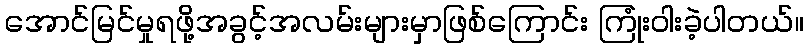
အောင်မြင်မှုရဖို့အခွင့်အလမ်းများမှာဖြစ်ကြောင်း ကြုံးဝါးခဲ့ပါတယ်။